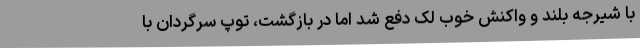
با شیرجه بلند و واکنش خوب لک دفع شد اما در بازگشت، توپ سرگردان با